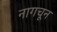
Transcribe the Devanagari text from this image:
नागचून